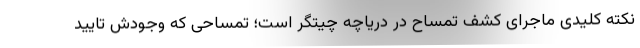
نکته کلیدی ماجرای کشف تمساح در دریاچه چیتگر است؛ تمساحی که وجودش تایید